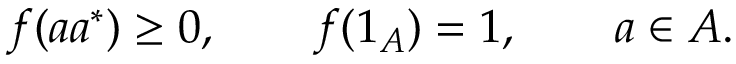
f ( a a ^ { * } ) \geq 0 , \qquad f ( 1 _ { A } ) = 1 , \qquad a \in A .